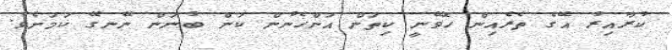
ކުރާއިރު އޭގެ ތެރެއިން ހޮވޭނީ ކިތަން އަންހެނުން ކަން ބުނަން ނޭނގޭ ކަމަށެވެ.